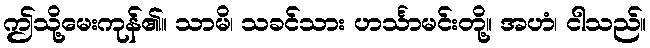
ဤသို့မေးကုန်၏။ သာမိ၊ သခင်သား ဟင်္သာမင်းတို့။ အဟံ၊ ငါသည်။